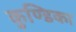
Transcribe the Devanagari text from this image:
कुण्डिका